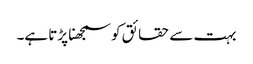
بہت سے حقائق کو سمجھنا پڑتا ہے۔